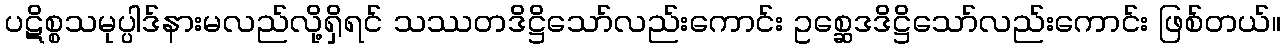
ပဋိစ္စသမုပ္ပါဒ်နားမလည်လို့ရှိရင် သဿတဒိဋ္ဌိသော်လည်းကောင်း ဥစ္ဆေဒဒိဋ္ဌိသော်လည်းကောင်း ဖြစ်တယ်။